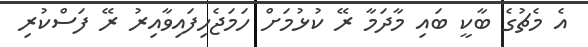
އެ މެޗުގެ ބާކީ ބައި މާދަމާ ރޭ ކުޅުމަށް ހަމަޖެހިފައިވާއިރު ރޭ ފަސްކުރި